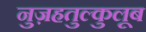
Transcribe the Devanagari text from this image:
नुज़हतुल्कुलूब